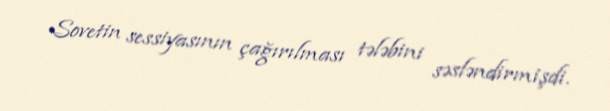
Sovetin sessiyasının çağırılması tələbini səsləndirmişdi.